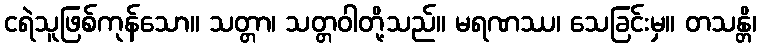
ငရဲသူဖြစ်ကုန်သော။ သတ္တာ၊ သတ္တဝါတို့သည်။ မရဏဿ၊ သေခြင်းမှ။ တသန္တိ၊